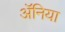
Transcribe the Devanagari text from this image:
ॲनिया